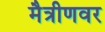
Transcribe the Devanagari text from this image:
मैत्रीणवर